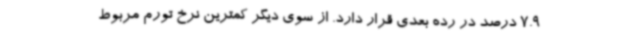
7.9 درصد در رده بعدی قرار دارد. از سوی دیگر کمترین نرخ تورم مربوط